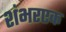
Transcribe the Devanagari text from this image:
शंभरएक